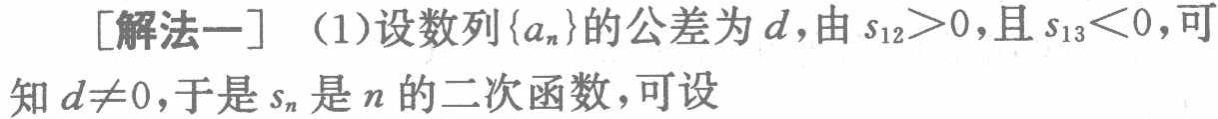
[解法一] （1）设数列\(\{a_{n}\}\)的公差为\(d\)，由\(s_{12}>0\)，且\(s_{13}<0\)，可知\(d\neq0\)，于是\(s_{n}\)是\(n\)的二次函数，可设